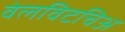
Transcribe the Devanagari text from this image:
वेलविटचिअ